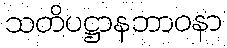
သတိပဋ္ဌာနဘာဝနာ